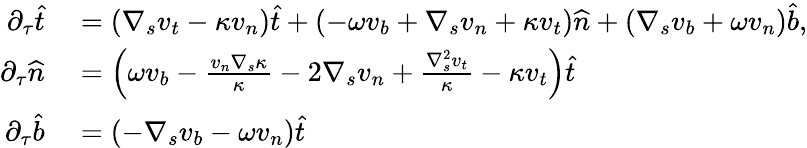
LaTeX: \begin{array}{rl}{\partial_{\tau}\widehat{t}}&{{}=\left(\nabla_{s}v_{t}-\kappa v_{n}\right)\widehat{t}+\left(-\omega v_{b}+\nabla_{s}v_{n}+\kappa v_{t}\right)\widehat{n}+\left(\nabla_{s}v_{b}+\omega v_{n}\right)\widehat{b},}\\ {\partial_{\tau}\widehat{n}}&{{}=\left(\omega v_{b}-\frac{v_{n}\nabla_{s}\kappa}{\kappa}-2\nabla_{s}v_{n}+\frac{\nabla_{s}^{2}v_{t}}{\kappa}-\kappa v_{t}\right)\widehat{t}}\\ {\partial_{\tau}\widehat{b}}&{{}=\left(-\nabla_{s}v_{b}-\omega v_{n}\right)\widehat{t}}\end{array}